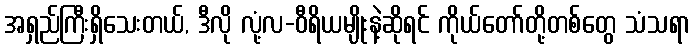
အရှည်ကြီးရှိသေးတယ်, ဒီလို လုံ့လ-ဝီရိယမျိုးနဲ့ဆိုရင် ကိုယ်တော်တို့တစ်တွေ သံသရာ